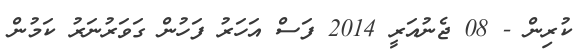
ކުރިން - 08 ޖެނުއަރީ 2014 ފަސް އަހަރު ފަހުން ގަވަރުނަރު ކަމުން